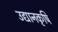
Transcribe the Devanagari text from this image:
उद्यानकृषि